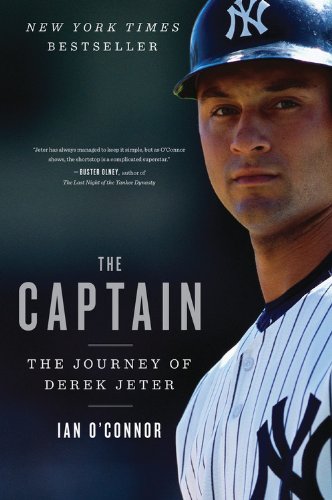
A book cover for The Captain: The Journey of Derek Jeter; Ian O'Connor; Biographies & Memoirs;